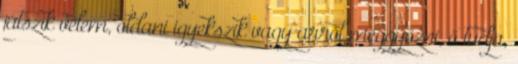
játszik velem, oldani igyekszik vagy arról meggyőzni, ő tudja,